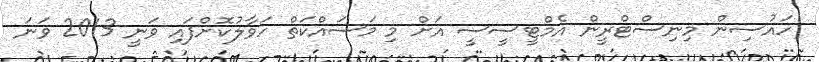
ހައުސިން މިނިސްޓްރީން އެމްޓީސީސީ އަށް މި މަސައްކަތް ހަވާލުކޮށްފައި ވަނީ 2013 ވަނަ